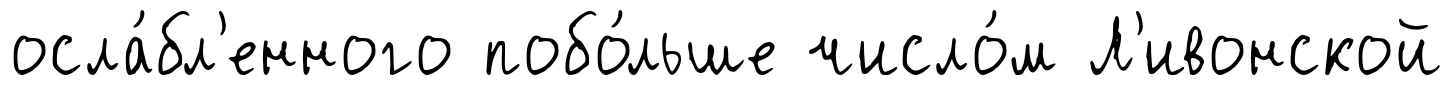
осла́бл'енного побо́льше число́м Л'ивонской